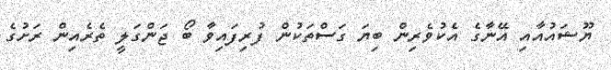
ޔޫޝައުއާއި އޭނާގެ އެކުވެރިން ބިޔަ ގަސްތަކުން ފުރިފައިވާ ބޯ ޖަންގަލީ ތެރެއިން ރަށުގެ